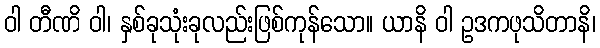
ဝါ တီဏိ ဝါ၊ နှစ်ခုသုံးခုလည်းဖြစ်ကုန်သော။ ယာနိ ဝါ ဥဒကဖုသိတာနိ၊